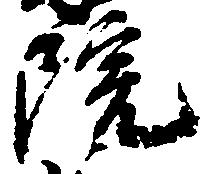
院